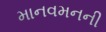
માનવમનની